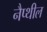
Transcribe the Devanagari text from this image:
नैप्थील